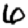
Digit: 6